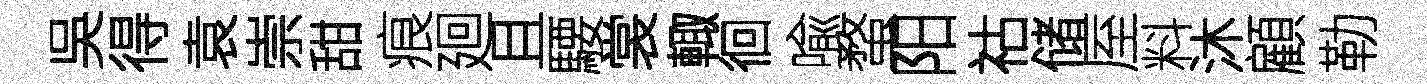
吳得袁崇甜痕廻且騕裳輙徊喩蝥阳祜储厔料沐顧勒